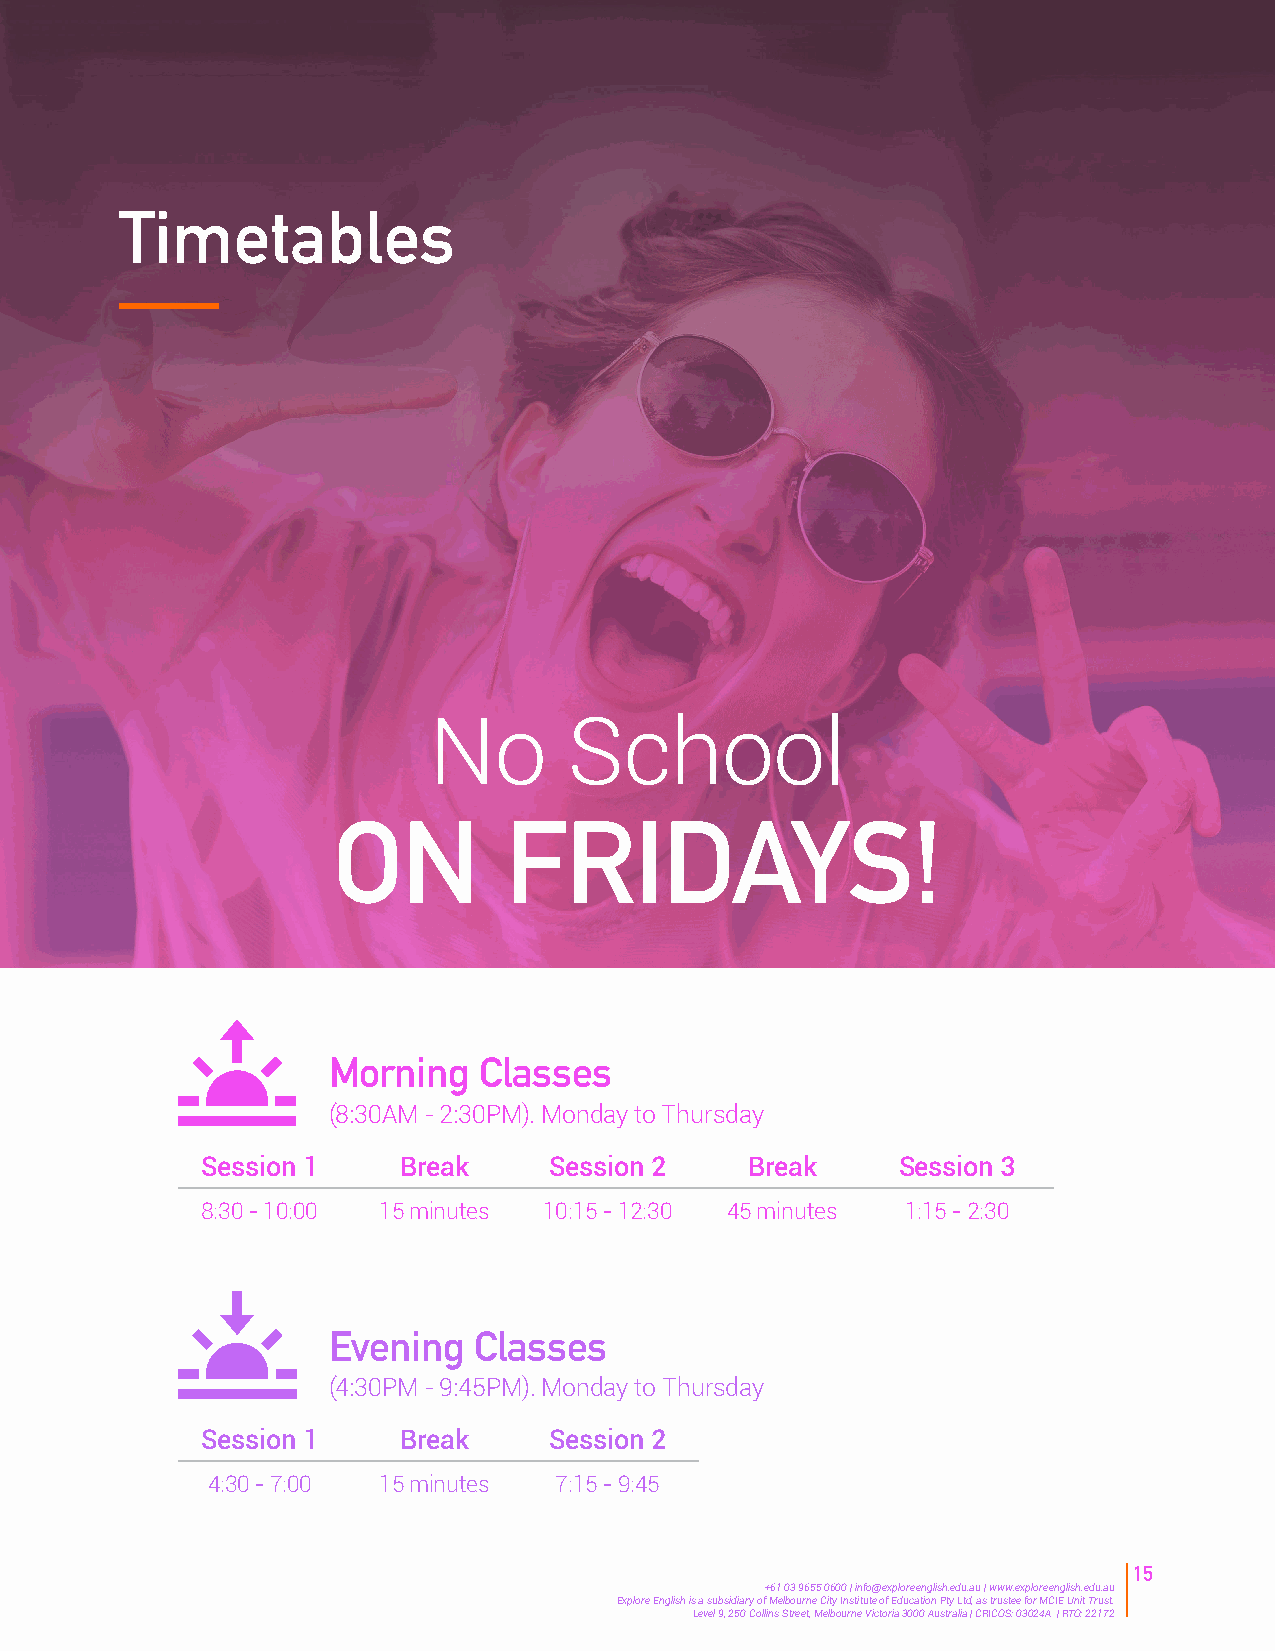
Timetables
 No        School
 ON         FRIDAYS!
 Morning   Classes
 (8:30AM - 2:30PM). Monday to Thursday
 Session 1     Break    Session 2     Break     Session 3
 8:30 - 10:00 15 minutes 10:15 - 12:30 45 minutes 1:15 - 2:30
 Evening  Classes
 (4:30PM - 9:45PM). Monday to Thursday
 Session 1     Break    Session 2
 4:30 - 7:00 15 minutes 7:15 - 9:45
 15
 +61 03 9655 0600 | info@exploreenglish.edu.au | www.exploreenglish.edu.au
 Explore English is a subsidiary of Melbourne City Institute of Education Pty Ltd, as trustee for MCIE Unit Trust.
 Level 9, 250 Collins Street, Melbourne Victoria 3000 Australia | CRICOS: 03024A | RTO: 22172